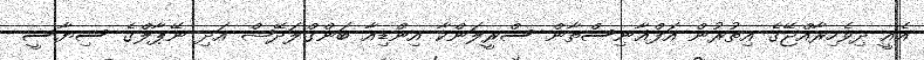
އެއީ ދިވެހިރާއްޖޭގެ އިތުރުން އަފްޣާނިސްތާން ސްރީލަންކާ އިންޑިއާ ބަންގްލަދޭޝް އަދި ނޭޕާލްގެ ސިޔާސީ